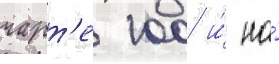
чарт'е 100 и́ на́